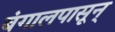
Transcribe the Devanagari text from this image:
बंगालपासून्